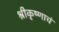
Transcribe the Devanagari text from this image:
श्रीकृष्णाचं